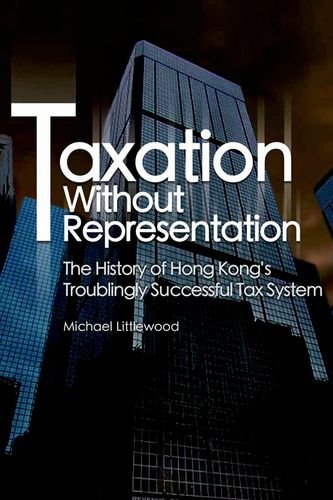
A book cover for Taxation Without Representation: The History of Hong Kong's Troublingly Successful Tax System; Michael Littlewood; Business & Money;